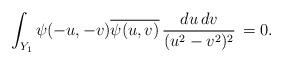
LaTeX: \begin{align*}\int_{Y_1} \psi(-u,-v)\overline{\psi(u,v)} \,\frac{du\,dv}{(u^2-v^2)^2}\,= 0.\end{align*}